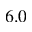
6 . 0